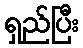
ရှည်ပြီး